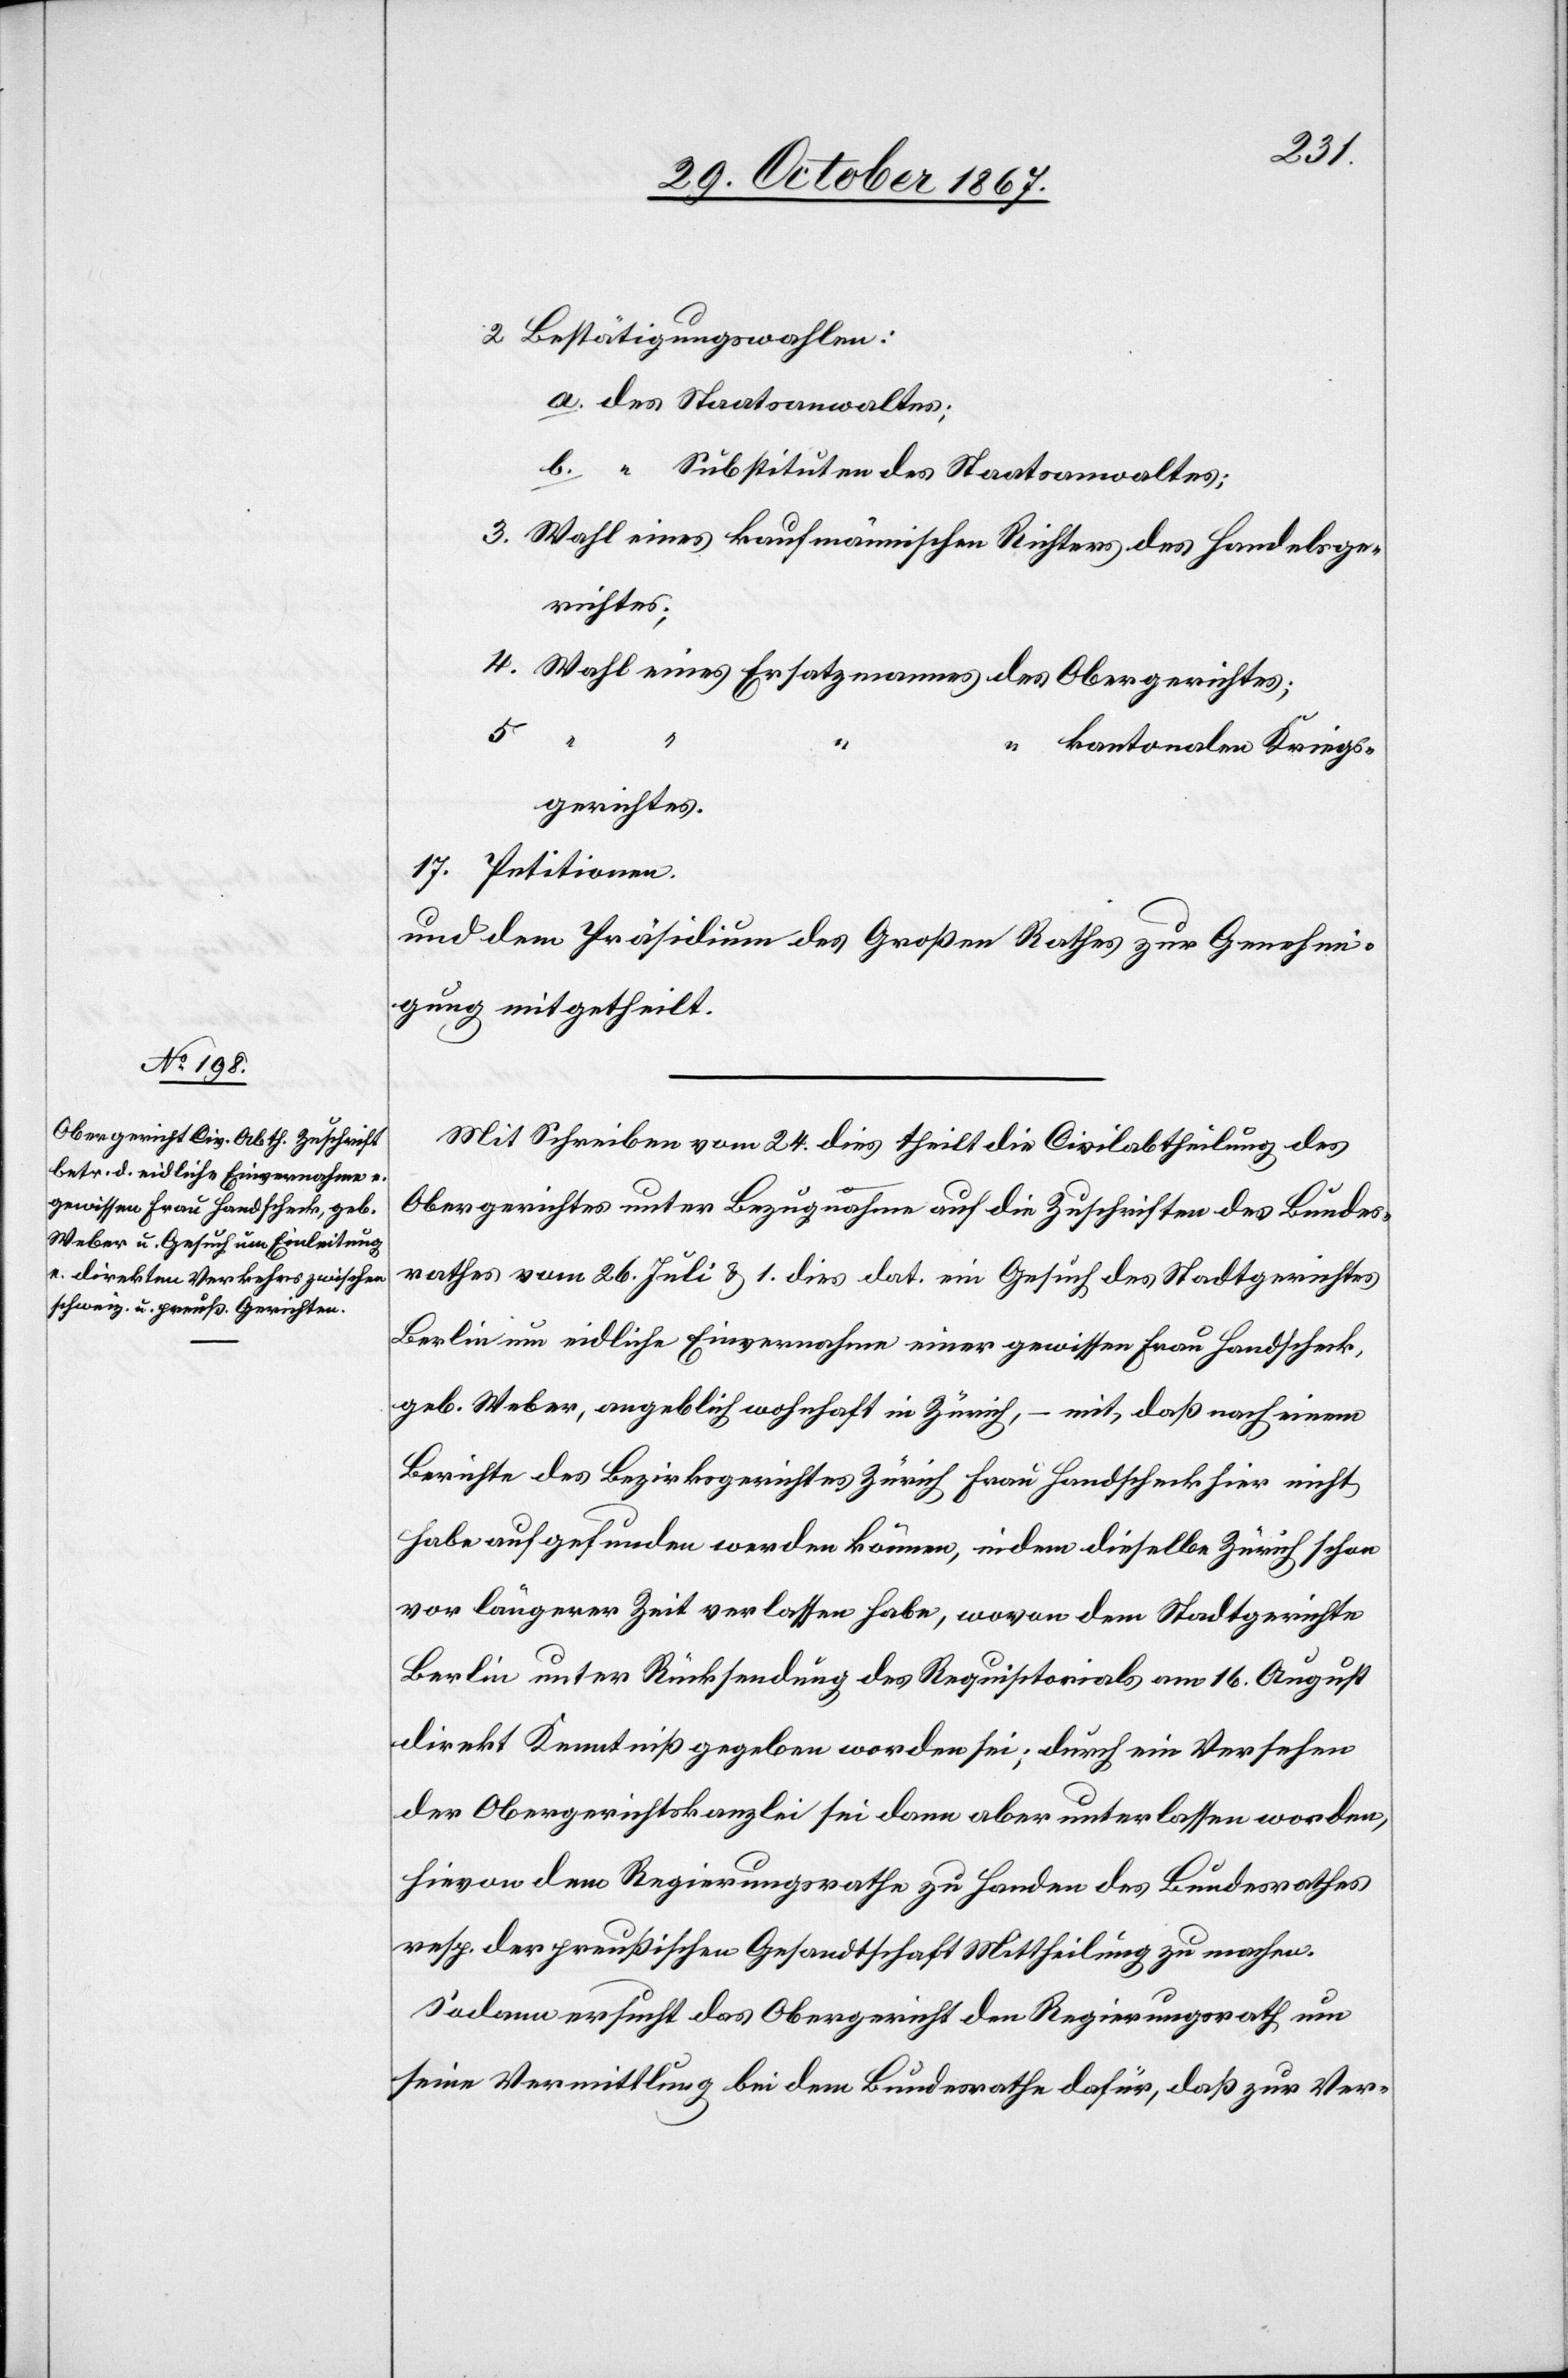
2. Bestätigungswahlen:
a. des Staatsanwaltes;
b. “ Substituten des Staatsanwaltes;
3. Wahl eines kaufmännischen Richters des Handelsge¬
richtes;
4. Wahl eines Ersatzmannes des Obergerichtes;
5.
“
“
kantonalen Kriegs¬
gerichtes.
17. Petitionen.
und dem Präsidium des Großen Rathes zur Genehmi¬
gung mitgetheilt.
Mit Schreiben vom 24. dies theilt die Civilabtheilung des
Obergerichtes unter Bezugnahme auf die Zuschriften des Bundes¬
rathes vom 26. Juli u. 1. dies dat. ein Gesuch des Stadtgerichtes
Berlin um eidliche Einvernahme einer gewissen Frau Handscheck,
geb. Weber, angeblich wohnhaft in Zürich, – mit, daß nach einem
Berichte des Bezirksgerichtes Zürich Frau Handscheck hier nicht
habe aufgefunden werden können, indem dieselbe Zürich schon
vor längerer Zeit verlassen habe, wovon dem Stadtgerichte
Berlin unter Rücksendung des Requisitorials am 16. August
direkt Kenntniß gegeben worden sei; durch ein Versehen
der Obergerichtskanzlei sei dann aber unterlassen worden,
hievon dem Regierungsrathe zu Handen des Bundesrathes
resp. der preußischen Gesandtschaft Mittheilung zu machen.
Sodann ersucht das Obergericht den Regierungsrath um
seine Vermittlung bei dem Bundesrathe dafür, daß zur Ver-